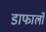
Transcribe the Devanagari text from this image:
डाफार्लो